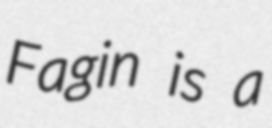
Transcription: Fagin is a